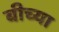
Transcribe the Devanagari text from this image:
बीच्या